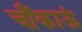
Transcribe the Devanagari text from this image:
चौंकाऊं